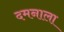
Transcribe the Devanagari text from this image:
दमनाला